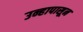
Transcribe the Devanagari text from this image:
उन्हापासून